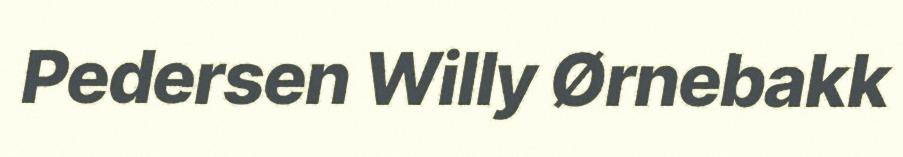
Pedersen Willy Ørnebakk